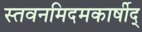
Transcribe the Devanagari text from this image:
स्तवनमिदमकार्षीद्